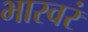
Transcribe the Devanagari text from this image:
भास्वरं